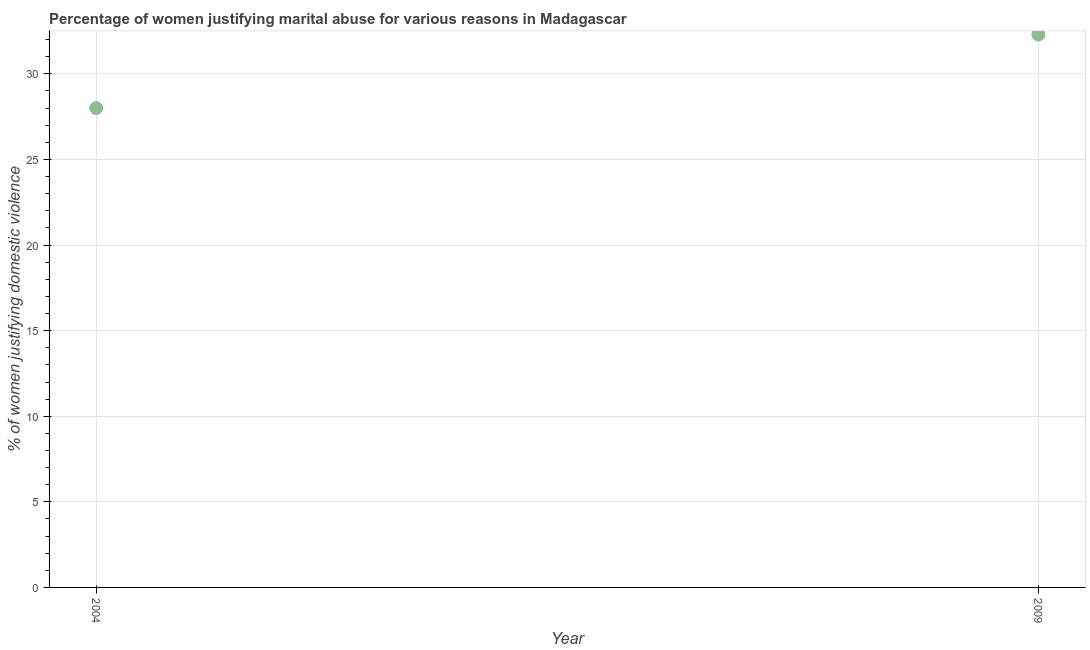
| Year | Physical abuse |
 | --- | --- |
 | 2004 | 28 |
 | 2009 | 32.3 |